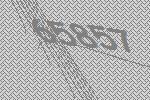
65857